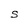
Character: S